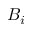
B _ { i }